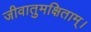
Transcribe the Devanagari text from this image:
जीवातुमक्षिताम्।